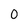
Character: 0